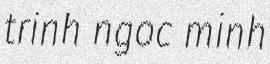
trinh ngoc minh